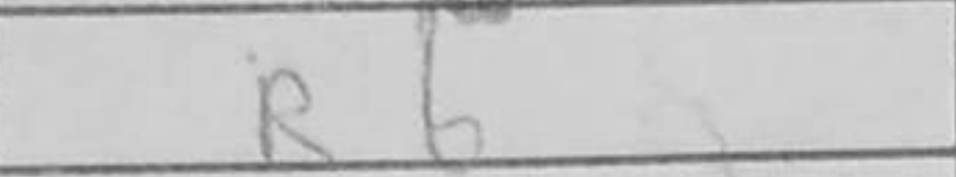
Transcription: R6